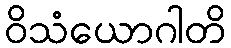
ဝိသံယောဂါတိ